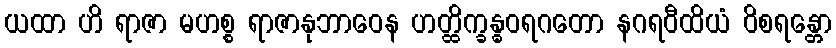
ယထာ ဟိ ရာဇာ မဟစ္စ ရာဇာနုဘာဝေန ဟတ္ထိက္ခန္ဓဝရဂတော နဂရဝီထိယံ ဝိစရန္တော